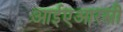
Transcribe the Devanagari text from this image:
आईएआरसी